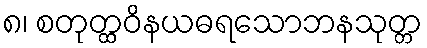
၈၊ စတုတ္ထဝိနယဓရသောဘနသုတ္တ